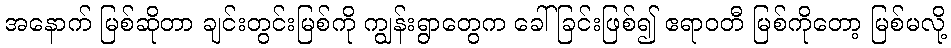
အနောက် မြစ်ဆိုတာ ချင်းတွင်းမြစ်ကို ကျွန်းရွာတွေက ခေါ်ခြင်းဖြစ်၍ ဧရာဝတီ မြစ်ကိုတော့ မြစ်မလို့